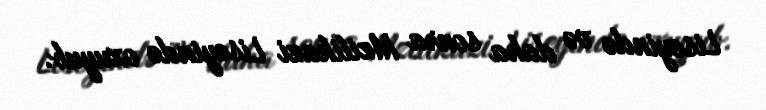
Liseyində və daha sonra Mzilikazi Liseyində oxuyub.